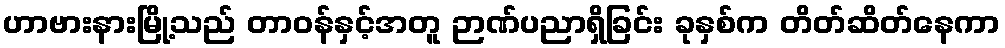
ဟာဗားနားမြို့သည် တာဝန်နှင့်အတူ ဉာဏ်ပညာရှိခြင်း ခုနှစ်က တိတ်ဆိတ်နေကာ